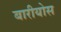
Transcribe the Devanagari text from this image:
बारीयोस